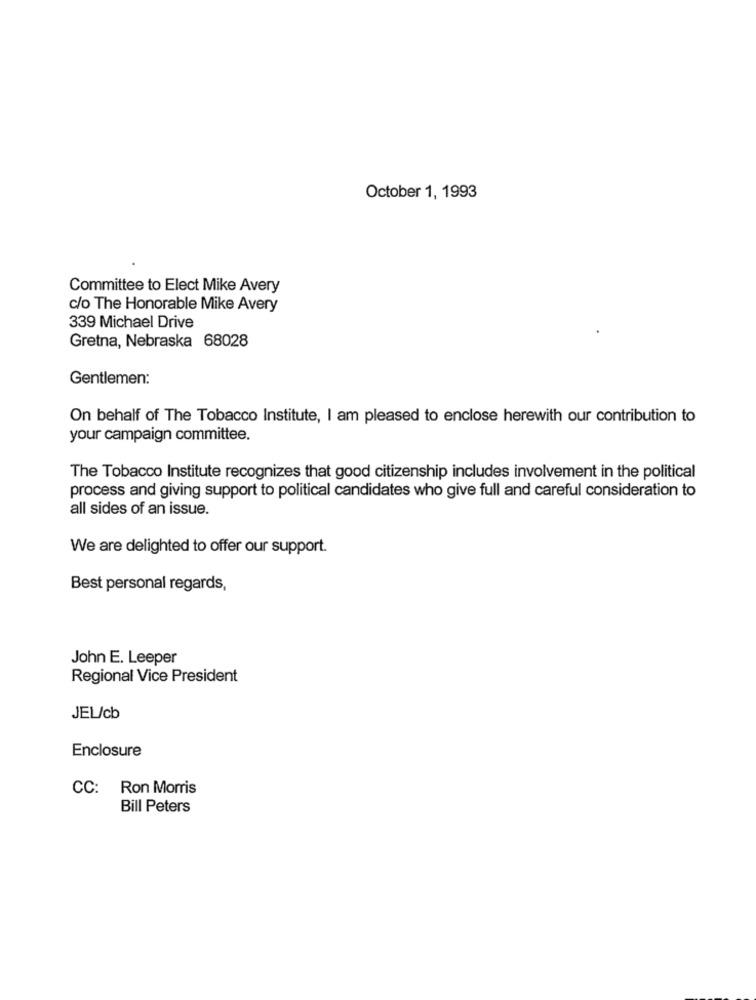
October 1, 1993
Committee to Elect Mike Avery
c/o The Honorable Mike Avery
339 Michael Drive
Gretna, Nebraska 68028
Gentlemen:
On behalf of The Tobacco Institute, I am pleased to enclose herewith our contribution to
your campaign committee.
The Tobacco Institute recognizes that good citizenship includes involvement in the political
process and giving support to political candidates who give full and careful consideration to
all sides of an issue.
We are delighted to offer our support.
Best personal regards,
John E. Leeper
Regional Vice President
JEL/cb
Enclosure
CC: Ron Morris
Bill Peters